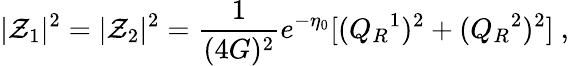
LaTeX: |\mathcal{Z}_{1}|^{2}=|\mathcal{Z}_{2}|^{2}={\frac{{1}}{{(4G)^{2}}}}e^{-\eta_{0}}[(Q_{R}{}^{1})^{2}+(Q_{R}{}^{2})^{2}]\ ,